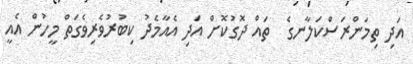
އަދި ތިމަންރަސްކަލާނގެ  ތައް ދޮގުކޮށް އަދި އެއާމެދު ކިބުރުވެރިވެގަތް މީހުން އެއީ